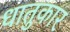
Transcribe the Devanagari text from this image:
धातुकार